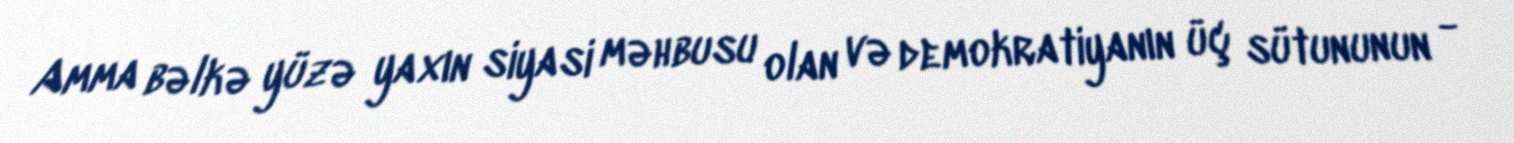
Amma bəlkə yüzə yaxın siyasi məhbusu olan və demokratiyanın üç sütununun -